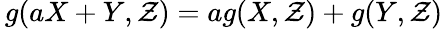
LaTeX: \, g(aX+Y,\mathcal{Z})=ag(X,\mathcal{Z})+g(Y,\mathcal{Z})